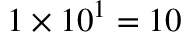
1 \times 1 0 ^ { 1 } = 1 0